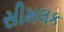
સીમલક